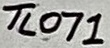
Text: TL071